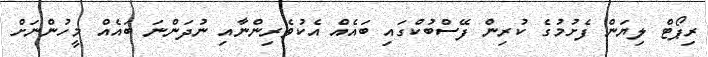
ރިޕޯޓް ލިޔަން ފެށުމުގެ ކުރިން ފޭސްބުކްގައި ބައެއް އެކުވެރިންނާއި ނުދަންނަ ބައެއް މީހުންނަށް